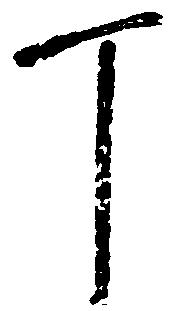
丁